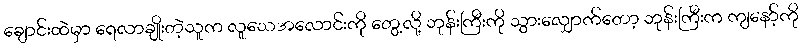
ချောင်းထဲမှာ ရေလာချိုးတဲ့သူက လူသေအလောင်းကို တွေ့လို့ ဘုန်းကြီးကို သွားလျှောက်တော့ ဘုန်းကြီးက ကျနော့်ကို